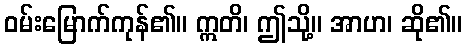
ဝမ်းမြောက်ကုန်၏။ ဣတိ၊ ဤသို့။ အာဟ၊ ဆို၏။